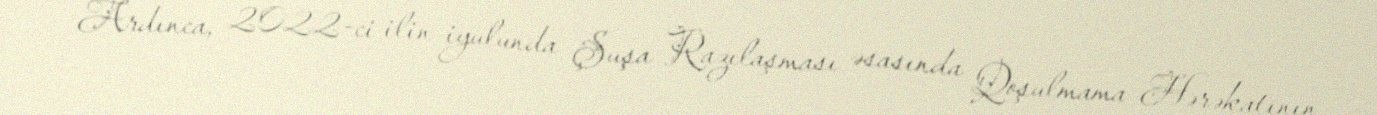
Ardınca, 2022-ci ilin iyulunda Şuşa Razılaşması əsasında Qoşulmama Hərəkatının